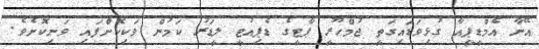
އޭނާ އެމްޑީޕީއާ ގުޅިވަޑައިގަތީ ޖުމްހޫރީ ޕާޓީގެ ޑެޕިއުޓީ ލީޑަރު ކަމުން ވަކިކޮށްފައި ވަނިކޮށެވެ.